Source: Handwritten
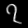
Digit: ၇ (7)